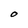
Character: O